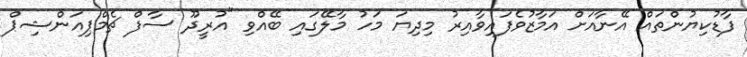
ފާޑުކިޔުންތައް އޭނާއަށް އަމާޒުވެފައިވާއިރު މިދިޔަ މަހު މާލޭގައި ބޭއްވި "އުރީދޫ ސާފް ޗެމްޕިއަންޝިޕް